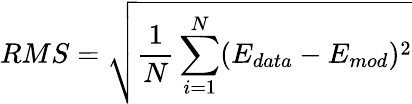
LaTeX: RMS=\sqrt{\frac{1}{N}\sum_{i=1}^{N}(E_{data}-E_{mod})^{2}}